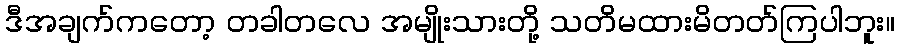
ဒီအချက်ကတော့ တခါတလေ အမျိုးသားတို့ သတိမထားမိတတ်ကြပါဘူး။